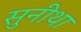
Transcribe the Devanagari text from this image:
सुनीथा